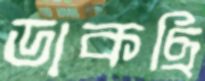
ডাকছি